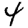
Digit: 4